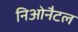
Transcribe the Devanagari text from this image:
निओनैटल